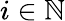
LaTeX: i\in\mathbb{N}